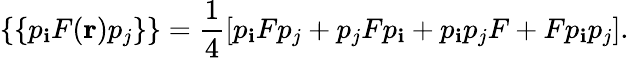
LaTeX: \{ \{ p_{\mathbf{i}}F({\mathbf{r}})p_{j}\} \} =\frac{{1}}{{4}}\left[p_{\mathbf{i}}Fp_{j}+p_{j}Fp_{\mathbf{i}}+p_{\mathbf{i}}p_{j}F+Fp_{\mathbf{i}}p_{j}\right].